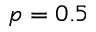
p = 0 . 5